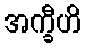
အက္ခီဟိ